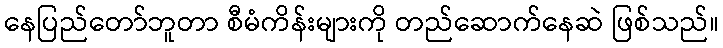
နေပြည်တော်ဘူတာ စီမံကိန်းများကို တည်ဆောက်နေဆဲ ဖြစ်သည်။